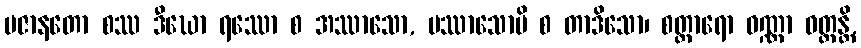
ပဇာနတော စဿ ဒီဃော ရဿော စ အဿာသော, ပဿာသောပိ စ တာဒိသော၊ စတ္တာရော ဝဏ္ဏာ ဝတ္တန္တိ,